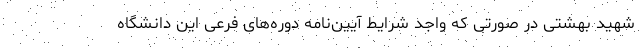
شهید بهشتی در صورتی که واجد شرایط آیین‌نامه دوره‌های فرعی این دانشگاه